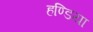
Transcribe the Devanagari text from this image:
हण्डिया